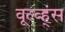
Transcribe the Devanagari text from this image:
वूल्व्ह्स